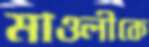
মাওলীকে